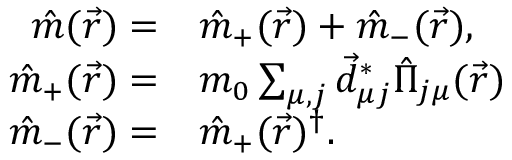
\begin{array} { r l } { \hat { m } ( \vec { r } ) = } & { \hat { m } _ { + } ( \vec { r } ) + \hat { m } _ { - } ( \vec { r } ) , } \\ { \hat { m } _ { + } ( \vec { r } ) = } & { m _ { 0 } \sum _ { \mu , j } \vec { d } _ { \mu j } ^ { * } \hat { \Pi } _ { j \mu } ( \vec { r } ) } \\ { \hat { m } _ { - } ( \vec { r } ) = } & { \hat { m } _ { + } ( \vec { r } ) ^ { \dagger } . } \end{array}